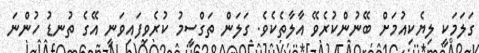
ގަލަމަކީ ލިޔެކިއުމަށް ބޭނުންކުރެވޭ އާލާތެކެވެ. ގަލަން ތަގްސީމު ކުރެވިފައިވަނީ އޭގެ ތުނޑު ހުންނަ